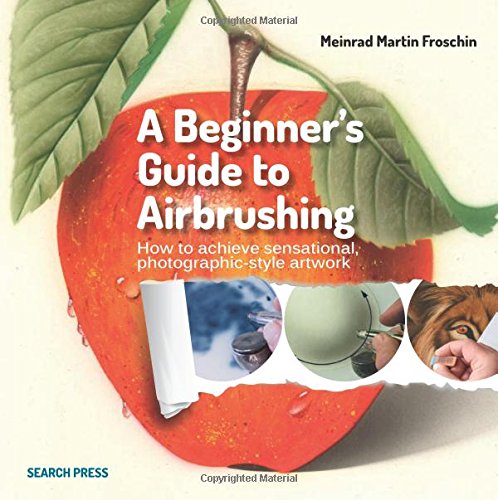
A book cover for A Beginner's Guide to Airbrushing; Meinrad Martin Froschin; Arts & Photography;